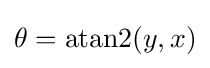
\theta =\operatorname {atan2} (y,x)